Materia medica of Madras volume I
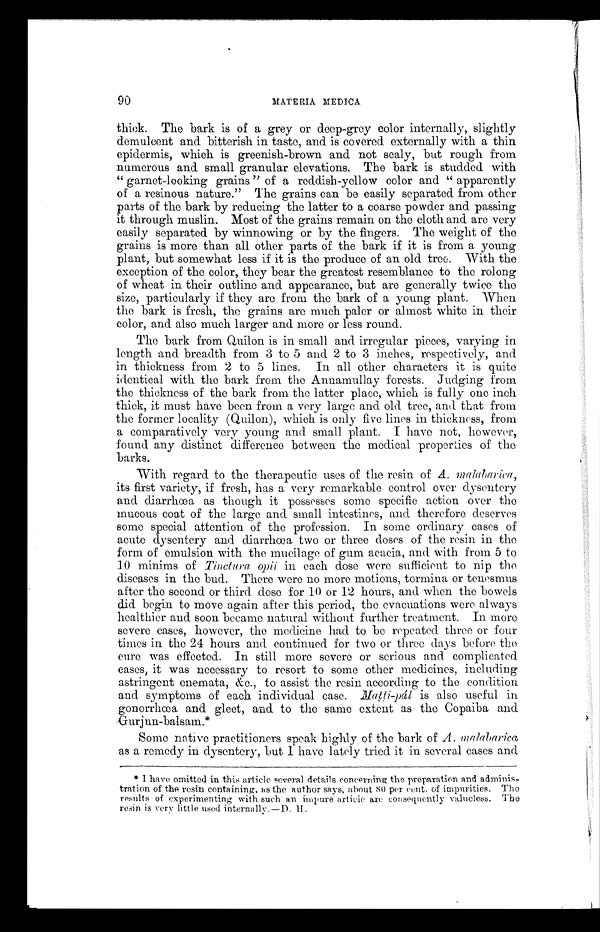
90
MATERIA MEDICA
thick. The bark is of a grey or deep-grey color internally, slightly
demulcent and bitterish in taste, and is covered externally with a thin
epidermis, which is greenish-brown and not scaly, but rough from
numerous and small granular elevations. The bark is studded with
"garnet-looking grains" of a reddish-yellow color and "apparently
of a resinous nature." The grains can be easily separated from other
parts of the bark by reducing the latter to a coarse powder and passing
it through muslin. Most of the grains remain on the cloth and are very
easily separated by winnowing or by the fingers. The weight of the
grains is more than all other parts of the bark if it is from a young
plant, but somewhat less if it is the produce of an old tree. With the
exception of the color, they bear the greatest resemblance to the rolong
of wheat in their outline and appearance, but are generally twice the
size, particularly if they are from the bark of a young plant. When
the bark is fresh, the grains are much paler or almost white in their
color, and also much larger and more or less round.
The bark from Quilon is in small and irregular pieces, varying in
length and breadth from 3 to 5 and 2 to 3 inches, respectively, and
in thickness from 2 to 5 lines. In all other characters it is quite
identical with the bark from the Annamullay forests. Judging from
the thickness of the bark from the latter place, which is fully one inch
thick, it must have been from a very large and old tree, and that from
the former locality (Quilon), which is only five lines in thickness, from
a comparatively very young and small plant. I have not, however,
found any distinct difference between the medical properties of the
barks.
With regard to the therapeutic uses of the resin of A . Malabarica,
its first variety, if fresh, has a very remarkable control over dysentery
and diarrhœa as though it possesses some specific action over the
mucous coat of the large and small intestines, and therefore deserves
some special attention of the profession. In some ordinary cases of
acute dysentery and diarrhœa two or three doses of the resin in the
form of emulsion with the mucilage of gum acacia, and with from 5 to
10 minims of Tinctura opü in each dose were sufficient to nip the
diseases in the bud. There were no more motions, tormina or tenesmus
after the second or third dose for 10 or 12 hours, and when the bowels
did begin to move again after this period, the evacuations were always
healthier and soon became natural without further treatment. In more
severe cases, however, the medicine had to be repeated three or four
times in the 24 hours and continued for two or three days before the
cure was effected. In still more severe or serious and complicated
cases, it was necessary to resort to some other medicines, including
astringent enemata, &c., to assist the resin according to the condition
and symptoms of each individual case. Matti-pál is also useful in
gonorrhœa and gleet, and to the same extent as the Copaiba and
Gurj un -bal sam. *
Some native practitioners speak highly of the bark of A. mal abar i ca
as a remedy in dysentery, but I have lately tried it in several cases and
* I have omitted in this article several details concerning the preparation and adminis--
tration of the resin containing, as the author says, about 80 per cent. of impurities. The
results of experimenting with such an impure article are consequently valueless. The
resin is very little used internally.—D. H.